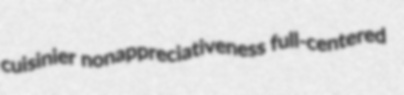
cuisinier nonappreciativeness full-centered